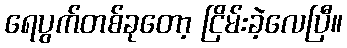
ရေပွက်တစ်ခုတော့ ငြိမ်းခဲ့လေပြီ။